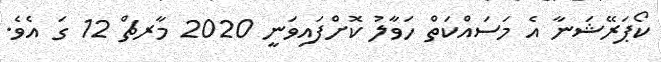
ކޯޕަރޭޝަނާ އެ މަސައްކަތް ހަވާލު ކޮށްފައިވަނީ 2020 މާރޗް 12 ގަ އެވެ.